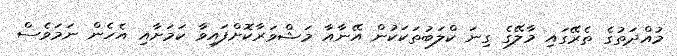
މުއްދަތުގެ ތެރޭގައި މާލޭގެ ގިނަ ކްލަބުތަކަކުން އޭނާއާ މަޝްވަރާކޮށްފައިވާ ކަމަށާއި އެހެން ނަމަވެސް